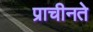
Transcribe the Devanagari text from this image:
प्राचीनते